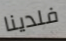
فلدينا